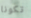
تكونا